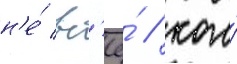
н'е́ вс'ё́ / кого́